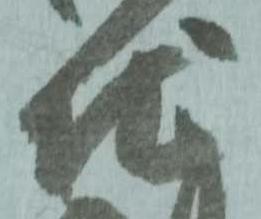
地